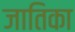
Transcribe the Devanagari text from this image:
जातिका